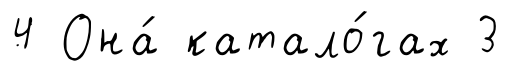
4 Она́ катало́гах 3